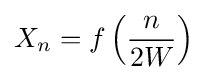
X_{n}=f\left({\frac {n}{2W}}\right)